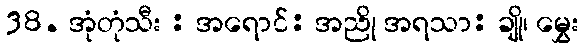
38. အုံတုံသီး : အရောင်: အညို အရသာ: ချို၊ မွှေး